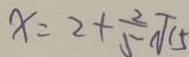
x = 2 + \frac { 2 } { 5 } \sqrt { 1 5 }